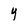
Character: Y